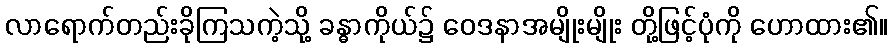
လာရောက်တည်းခိုကြသကဲ့သို့ ခန္ဓာကိုယ်၌ ဝေဒနာအမျိုးမျိုး တို့ဖြင့်ပုံကို ဟောထား၏။